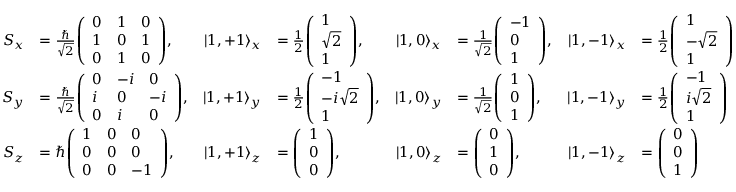
{ \begin{array} { r l r l r l r l } { S _ { x } } & { = { \frac { \hbar } { \sqrt { 2 } } } { \left( \begin{array} { l l l } { 0 } & { 1 } & { 0 } \\ { 1 } & { 0 } & { 1 } \\ { 0 } & { 1 } & { 0 } \end{array} \right) } , } & { \left| 1 , + 1 \right\rangle _ { x } } & { = { \frac { 1 } { 2 } } { \left( \begin{array} { l } { 1 } \\ { { \sqrt { 2 } } } \\ { 1 } \end{array} \right) } , } & { \left| 1 , 0 \right\rangle _ { x } } & { = { \frac { 1 } { \sqrt { 2 } } } { \left( \begin{array} { l } { - 1 } \\ { 0 } \\ { 1 } \end{array} \right) } , } & { \left| 1 , - 1 \right\rangle _ { x } } & { = { \frac { 1 } { 2 } } { \left( \begin{array} { l } { 1 } \\ { { - { \sqrt { 2 } } } } \\ { 1 } \end{array} \right) } } \\ { S _ { y } } & { = { \frac { \hbar } { \sqrt { 2 } } } { \left( \begin{array} { l l l } { 0 } & { - i } & { 0 } \\ { i } & { 0 } & { - i } \\ { 0 } & { i } & { 0 } \end{array} \right) } , } & { \left| 1 , + 1 \right\rangle _ { y } } & { = { \frac { 1 } { 2 } } { \left( \begin{array} { l } { - 1 } \\ { - i { \sqrt { 2 } } } \\ { 1 } \end{array} \right) } , } & { \left| 1 , 0 \right\rangle _ { y } } & { = { \frac { 1 } { \sqrt { 2 } } } { \left( \begin{array} { l } { 1 } \\ { 0 } \\ { 1 } \end{array} \right) } , } & { \left| 1 , - 1 \right\rangle _ { y } } & { = { \frac { 1 } { 2 } } { \left( \begin{array} { l } { - 1 } \\ { i { \sqrt { 2 } } } \\ { 1 } \end{array} \right) } } \\ { S _ { z } } & { = \hbar { \left( \begin{array} { l l l } { 1 } & { 0 } & { 0 } \\ { 0 } & { 0 } & { 0 } \\ { 0 } & { 0 } & { - 1 } \end{array} \right) } , } & { \left| 1 , + 1 \right\rangle _ { z } } & { = { \left( \begin{array} { l } { 1 } \\ { 0 } \\ { 0 } \end{array} \right) } , } & { \left| 1 , 0 \right\rangle _ { z } } & { = { \left( \begin{array} { l } { 0 } \\ { 1 } \\ { 0 } \end{array} \right) } , } & { \left| 1 , - 1 \right\rangle _ { z } } & { = { \left( \begin{array} { l } { 0 } \\ { 0 } \\ { 1 } \end{array} \right) } } \end{array} }